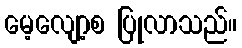
မေ့လျော့စ ပြုလာသည်။